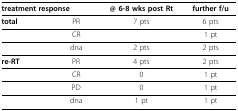
<table><thead><tr><td colspan="2"><b>treatment response</b></td><td><b>@ 6-8 wks post Rt</b></td><td><b>further f/u</b></td></tr></thead><tbody><tr><td><b>total</b></td><td>PR</td><td>7 pts</td><td>6 pts</td></tr><tr><td></td><td>CR</td><td></td><td>1 pt</td></tr><tr><td></td><td>dna</td><td>2 pts</td><td>2 pts</td></tr><tr><td><b>re-RT</b></td><td>PR</td><td>4 pts</td><td>2 pts</td></tr><tr><td></td><td>CR</td><td>0</td><td>1 pt</td></tr><tr><td></td><td>PD</td><td>0</td><td>1 pt</td></tr><tr><td></td><td>dna</td><td>1 pt</td><td>1 pt</td></tr></tbody></table>